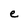
Character: e